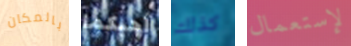
بالمكان أحبكما كذلك لإستعمال